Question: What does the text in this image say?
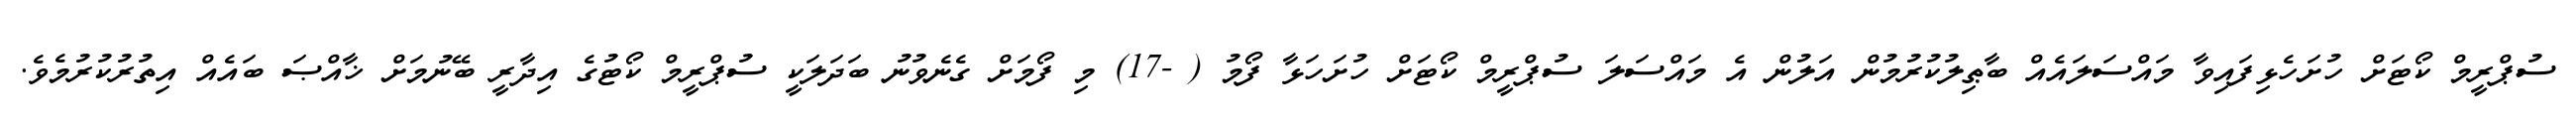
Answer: ސުޕްރީމް ކޯޓަށް ހުށަހެޅިފައިވާ މައްސަލައެއް ބާޠިލުކުރުމުން އަލުން އެ މައްސަލަ ސުޕްރީމް ކޯޓަށް ހުށަހަޅާ ފޯމު ( -17) މި ފޯމަށް ގެނެވުނު ބަދަލަކީ ސުޕްރީމް ކޯޓުގެ އިދާރީ ބޭނުމަށް ޚާއްޞަ ބައެއް އިތުރުކުރުމެވެ.